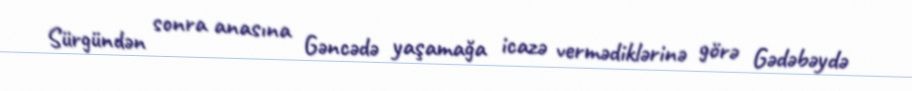
Sürgündən sonra anasına Gəncədə yaşamağa icazə vermədiklərinə görə Gədəbəydə